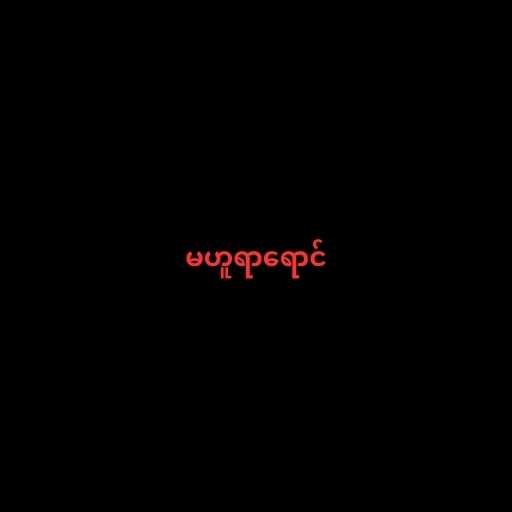
မဟူရာရောင်